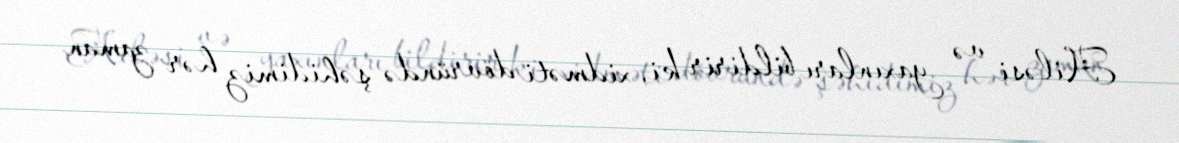
Ailəsi və yaxınları bildirir ki, xidməti dövründə şəhidimiz hər zaman